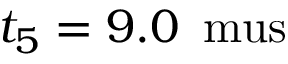
t _ { 5 } = 9 . 0 \, \mathrm { \ m u s }